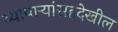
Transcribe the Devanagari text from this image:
व्यापार्‍यांसहदेखील